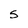
Character: 5